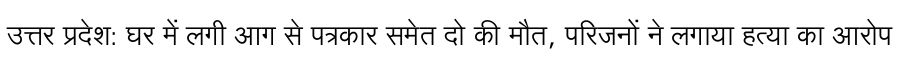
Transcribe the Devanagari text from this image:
उत्तर प्रदेश: घर में लगी आग से पत्रकार समेत दो की मौत, परिजनों ने लगाया हत्या का आरोप